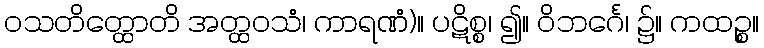
ဝသတိတ္ထောတိ အတ္ထဝသံ၊ ကာရဏံ)။ ပဋိစ္စ၊ ၍။ ဝိဘင်္ဂေ၊ ၌။ ကထဉ္စ။